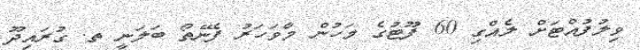
ވިލުފުއްޓަށް ލެއްގި 60 ފޫޓުގެ މަހުން މާވަހަރު ފެނޭތޯ ބަލަނީ ތ. ގުރައިދޫ